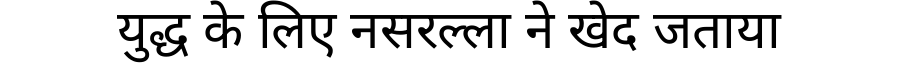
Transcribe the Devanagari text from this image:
युद्ध के लिए नसरल्ला ने खेद जताया